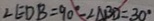
\angle E D B = 9 0 ^ { \circ } - \angle A B D = 3 0 ^ { \circ }